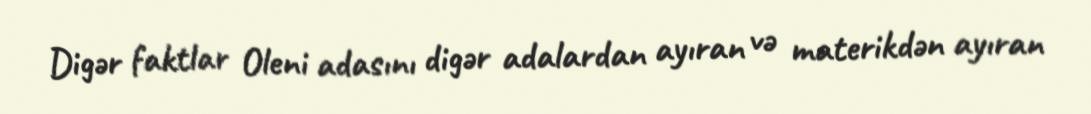
Digər faktlar Oleni adasını digər adalardan ayıran və materikdən ayıran